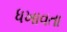
ધખાવતા